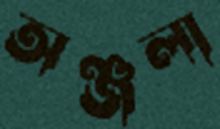
অঞ্জলা